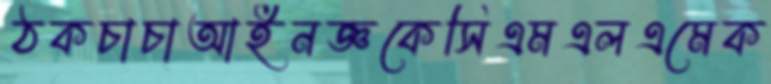
ঠকচাচাআইনজ্ঞকেসিএমএলএমেক